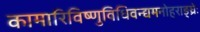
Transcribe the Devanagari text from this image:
कामारिविष्णुविधिवन्द्यमनोहराङ्घ्रेः